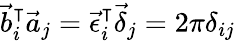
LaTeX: \vec{b}_{i}^{\intercal}\vec{a}_{j}=\vec{\epsilon}_{i}^{\intercal}\vec{\delta}_{j}=2\pi\delta_{ij}